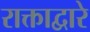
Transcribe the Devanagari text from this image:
राक्ताद्वारे